Destruction of fleas by exposure to the sun - Number 40
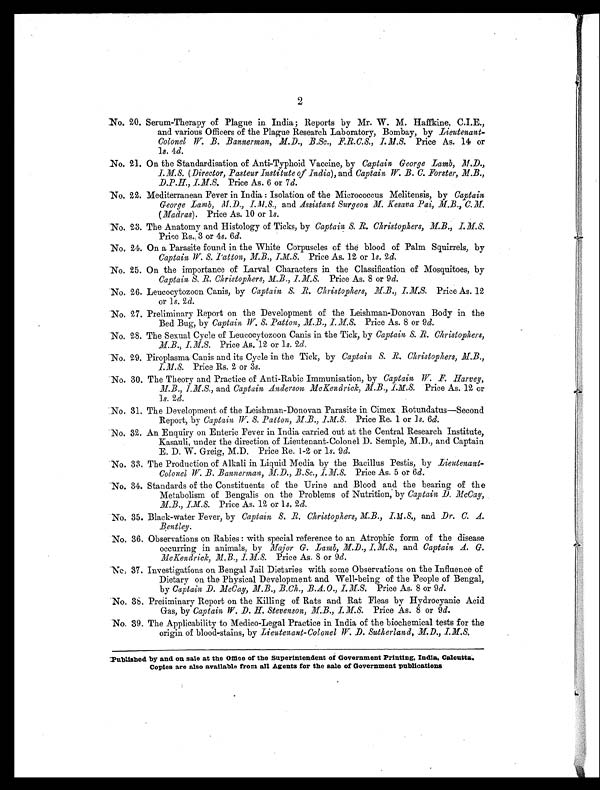
2
No. 20. Serum-Therapy of Plague in India; Reports by Mr. W. M. Haffkine, C.I.E.,
and various Officers of the Plague Research Laboratory, Bombay, by Lieutenant-
Colonel W. B. Bannerman, M.D., B.Sc., F.R.C.S., I.M.S. Price As. 14 or
1 s. 4d.
No. 21. On the Standardisation of Anti-Typhoid Vaccine, by Captain George Lamb, M.D.,
I.M.S. (Director, Pasteur Institute of India), and Captain W. B. C. Forster, M.B.,
D.P.H., I.M.S.
Price As. 6 or 7 d.
No. 22. Mediterranean Fever in India : Isolation of the Micrococcus Melitensis, by Captain
George Lamb, M.D., I.M.S., and Assistant Surgeon M. Kesava Pai, M.B., C.M.
(Madras). Price As. 10 or 1s.
No. 23. The Anatomy and Histology of Ticks, by Captain S. R. Christophers, M.B., I.M.S.
Price Rs. 3 or 4s. 6d.
No. 24. On a Parasite found in the White Corpuscles of the blood of Palm Squirrels, by
Captain W. S. Patton, M.B., I.M.S. Price As. 12 or 1 s. 2 d.
No. 25. On the importance of Larval Characters in the Classification of Mosquitoes, by
Captain S. R. Christophers, M.B., I.M.S. Price As. 8 or 9 d.
No. 26. Leucocytozoon Canis, by Captain S. R. Christophers, M.B., I.M.S. Price As. 12
or 1s. 2d.
No. 27. Preliminary Report on the Development of the Leishman-Donovan Body in the
Bed Bug, by Captain W.S. Patton, M.B., I.M.S. Price As. 8 or 9 d .
No. 28. The Sexual Cycle of Leucocytozoon Canis in the Tick, by Captain S. R. Christophers,
M.B., I.M.S. Price As. 12 or 1s. 2d .
No. 29. Piroplasma Canis and its Cycle in the Tick, by Captain S. R. Christophers,
M.B., I.M.S. Price Rs. 2 or 3s.
No. 30. The Theory and Practice of Anti-Rabic Immunisation, by Captain W. F. Harvey,
M.B., I.M.S., and Captain Anderson McKendrick, M.B., I.M.S. Price As. 12 or
1s. 2d.
No. 31. The Development of the Leishman-Donovan Parasite in Cimex Rotundatus—Second
Report, by Captain W. S. Patton, M.B., I.M.S. Price Re. 1 or 1s. 6d .
No. 32. An Enquiry on Enteric Fever in India carried out at the Central Research Institute,
Kasauli, under the direction of Lieutenant-Colonel D. Semple, M.D., and Captain
E. D. W. Greig, M.D. Price Re. 1-2 or 1 s. 9 d.
No. 33. The Production of Alkali in Liquid Media by the Bacillus Pestis, by Lieutenant-
Colonel W. B. Bannerman, M.D., B.Sc., I.M.S. Price As. 5 or 6 d .
No. 34. Standards of the Constituents of the Urine and Blood and the bearing of the
Metabolism of Bengalis on the Problems of Nutrition, by Captain D. McCay, M.B., I.M.S.,
Price As. 12 or 1s. 2 d.
No. 35. Black-water Fever, by Captain S. R. Christophers, I.M.S., and Dr. C. A.
Bentley.
No. 36. Observations on Rabies: with special reference to an Atrophic form of the disease
occurring in animals, by Major G. Lamb, M.D., I.M.S., and Captain A.G.
McKendrick, M.B., I.M.S.P r i c e A s . 8 o r 9
d .
No, 37. Investigatíons on Bengal Jail Dietaries with some Observations on the Influence of
Dietary on the Physical Development and Well-being of the People of Bengal,
by Captain D. McCay, M.B., B.Ch., B.A.O., I.M.S.,
Price As. 8 or 9 d.
No. 38. Preliminary Report on the Killing of Rats and Rat Fleas by Hydrocyanic Acid
Gas, by Captain W. D.H. Stevenson, M.B., I.M.S. Price As. 8 or 9 d.
No. 39. The Applicability to Medico-Legal Practice in India of the biochemical tests for the
origin of blood-stains, by Lieutenant-Colonel W. D. Sutherland, M.D., I.M.S.
Published by and on sale at the Office of the Superintendent of Government Printing, India, Calcutta.
Copies are also available from all Agents for the sale of Government publications